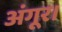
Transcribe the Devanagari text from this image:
अंगूर।